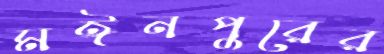
মঈনপুরের